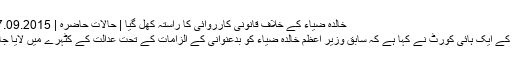
خالدہ ضیاء کے خلاف قانونی کارروائی کا راستہ کھل گیا | حالات حاضرہ | DW | 17.09.2015
بنگلہ دیش کے ایک ہائی کورٹ نے کہا ہے کہ سابق وزیر اعظم خالدہ ضیاء کو بدعنوانی کے الزامات کے تحت عدالت کے کٹہرے میں لایا جا سکتا ہے۔